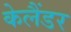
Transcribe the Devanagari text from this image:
केलैंडर